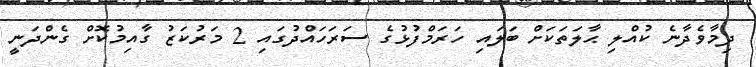
ދިމާވެދާނެ ކުއްލި ޙާލަތަކަށް ބަލައި ހަރަމްފުޅުގެ ސަރަހައްދުގައި 2 މަރުކަޒު ގާއިމުކޮށް ގެންދަނީ